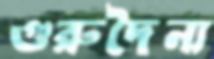
গুরুদৈন্য